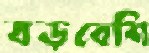
বড়বেশি